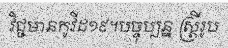
វិជ្ជមានកូវីដ១៩។បច្ចុប្បន្ន ស្ត្រីរូប